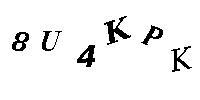
8U4KPK